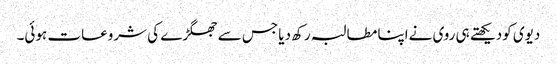
دیوی کودیکھتے ہی روی نےاپنا مطالبہ رکھ دیا جس سے جھگڑے کی شروعات ہوئی۔